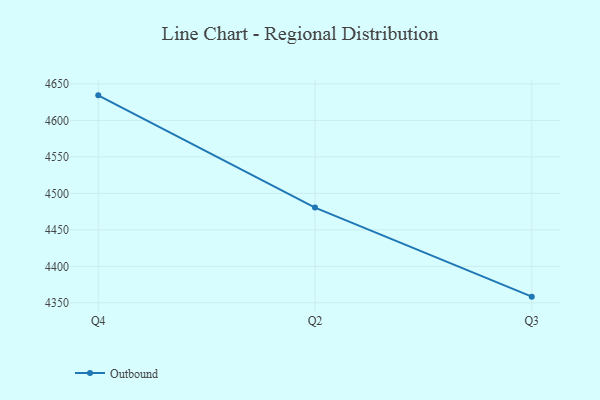
{"axis": {"x": "Quarter", "y": "Operating Costs (USD K)"}, "legend": ["Outbound"], "data": [{"x": "Q4", "y": 4634.3, "type": "Outbound"}, {"x": "Q2", "y": 4480.5, "type": "Outbound"}, {"x": "Q3", "y": 4358.5, "type": "Outbound"}]}